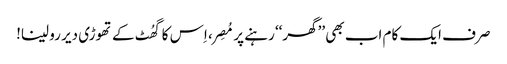
صرف ایک کام اب بھی ’’گھر‘‘ رہنے پر مُصِر، اِس کا گھُٹ کے تھوڑی دیر رو لینا!